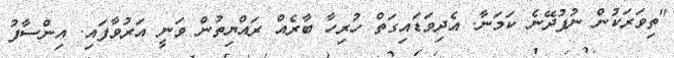
"ތިވަރަކުން ނުފުދޭނެ ކަމަނާ. އެދިވަޑައިގަތް ހުރިހާ ބާރެއް ރައްޔިތުން ވަނީ އަރުވާފައި. އިންސާފު